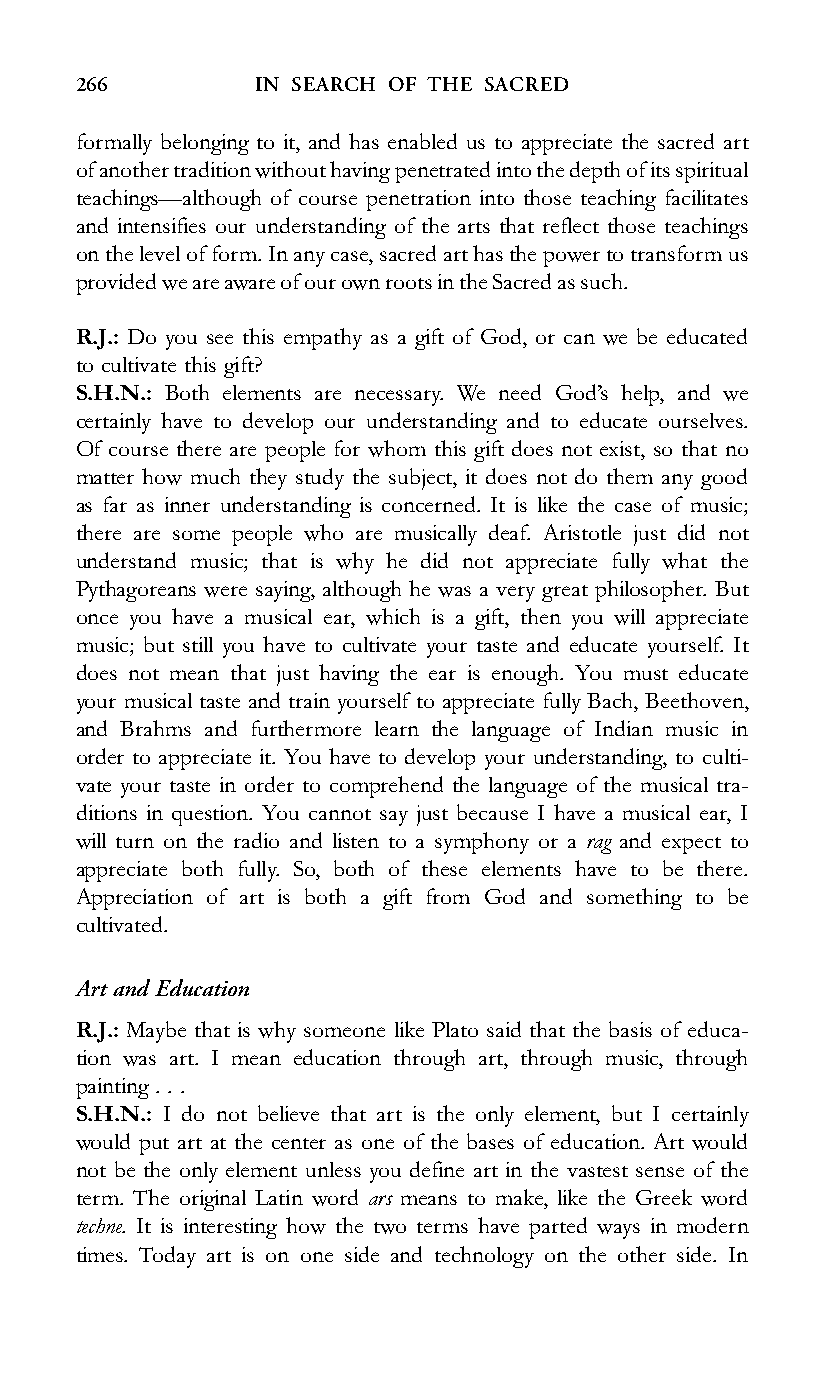
266         IN SEARCH OF THE SACRED
 formally belonging to it, and has enabled us to appreciate the sacred art
 ofanothertraditionwithouthavingpenetratedintothedepthofitsspiritual
 teachings—although of course penetration into those teaching facilitates
 and intensifies our understanding of the arts that reflect those teachings
 onthelevelofform.Inanycase,sacredarthasthepowertotransformus
 providedweareawareofourownrootsintheSacredassuch.
 R.J.: Do you see this empathy as a gift of God, or can we be educated
 to cultivate this gift?
 S.H.N.: Both elements are necessary. We need God’s help, and we
 certainly have to develop our understanding and to educate ourselves.
 Of course there are people for whom this gift does not exist, so that no
 matter how much they study the subject, it does not do them any good
 as far as inner understanding is concerned. It is like the case of music;
 there are some people who are musically deaf. Aristotle just did not
 understand music; that is why he did not appreciate fully what the
 Pythagoreans were saying, although he was a very great philosopher. But
 once you have a musical ear, which is a gift, then you will appreciate
 music; but still you have to cultivate your taste and educate yourself. It
 does not mean that just having the ear is enough. You must educate
 your musical taste and train yourself to appreciate fully Bach, Beethoven,
 and Brahms and furthermore learn the language of Indian music in
 order to appreciate it. You have to develop your understanding, to culti-
 vate your taste in order to comprehend the language of the musical tra-
 ditions in question. You cannot say just because I have a musical ear, I
 will turn on the radio and listen to a symphony or a rag and expect to
 appreciate both fully. So, both of these elements have to be there.
 Appreciation of art is both a gift from God and something to be
 cultivated.
 Art and Education
 R.J.: Maybe that is why someone like Plato said that the basis of educa-
 tion was art. I mean education through art, through music, through
 painting. . .
 S.H.N.: I do not believe that art is the only element, but I certainly
 would put art at the center as one of the bases of education. Art would
 not be the only element unless you define art in the vastest sense of the
 term. The original Latin word ars means to make, like the Greek word
 techne. It is interesting how the two terms have parted ways in modern
 times. Today art is on one side and technology on the other side. In